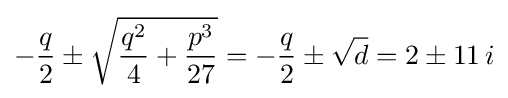
-{q \over 2}\pm {\sqrt {{q^{2} \over 4}+{p^{3} \over 27}}}=-{q \over 2}\pm {\sqrt {d}}=2\pm 11\,i